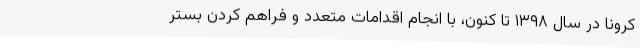
کرونا در سال ۱۳۹۸ تا کنون، با انجام اقدامات متعدد و فراهم کردن بستر